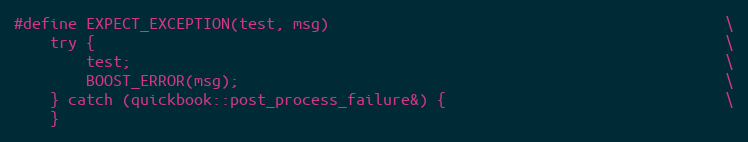
Language: C++
#define EXPECT_EXCEPTION(test, msg)                                            \
    try {                                                                      \
        test;                                                                  \
        BOOST_ERROR(msg);                                                      \
    } catch (quickbook::post_process_failure&) {                               \
    }